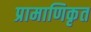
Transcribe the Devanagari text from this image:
प्रामाणिकृत